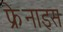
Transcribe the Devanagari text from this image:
फ्रेनाइस